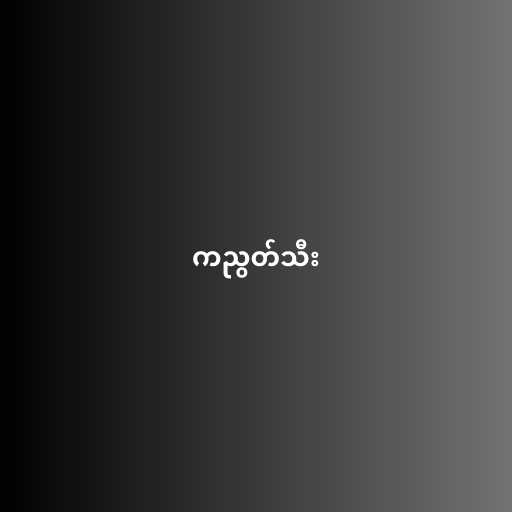
ကညွတ်သီး